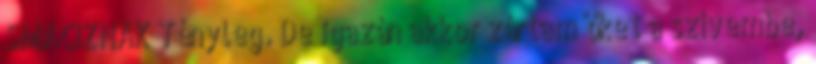
SMACIZNAK Tényleg. De igazán akkor zártam őket a szívembe,